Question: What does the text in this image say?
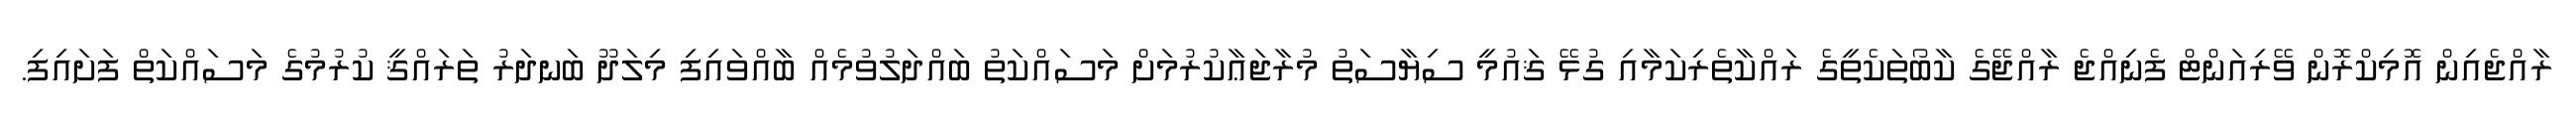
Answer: ރާއްޖެއިން އޮމިކްރޮން ވޭރިއަންޓް ފެނިއްޖެ ރާއްޖޭގެ ކާބޯތަކެތީގެ ރައްކާތެރިކަމާއި ގުޅޭ ޤައުމީ ސިޔާސަތު މުރާޖަޢާކުރުމަށް މަސައްކަތު ބައްދަލުވުމެއް ބާއްވައިފި މިލަދޫ ބަނދަރު ތަރައްޤީ ކުރުމުގެ މަސައްކަތް ފަށައިފި.